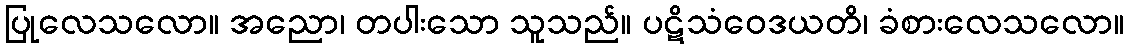
ပြုလေသလော။ အညော၊ တပါးသော သူသည်။ ပဋိသံဝေဒယတိ၊ ခံစားလေသလော။